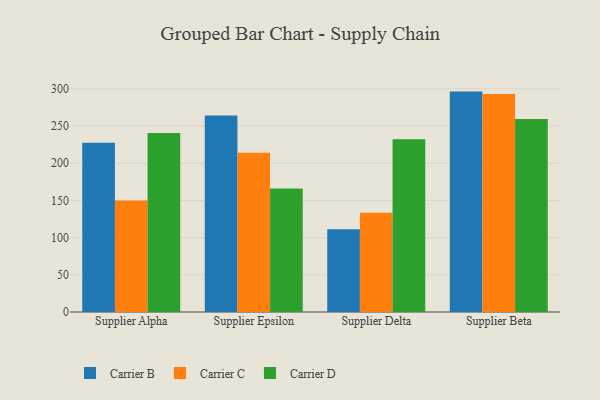
{"axis": {"x": "Supplier", "y": "Latency (ms)"}, "legend": ["Carrier B", "Carrier C", "Carrier D"], "data": [{"x": "Supplier Alpha", "y": 227.4, "type": "Carrier B"}, {"x": "Supplier Alpha", "y": 150.0, "type": "Carrier C"}, {"x": "Supplier Alpha", "y": 240.8, "type": "Carrier D"}, {"x": "Supplier Epsilon", "y": 264.1, "type": "Carrier B"}, {"x": "Supplier Epsilon", "y": 214.0, "type": "Carrier C"}, {"x": "Supplier Epsilon", "y": 165.9, "type": "Carrier D"}, {"x": "Supplier Delta", "y": 111.4, "type": "Carrier B"}, {"x": "Supplier Delta", "y": 133.5, "type": "Carrier C"}, {"x": "Supplier Delta", "y": 232.4, "type": "Carrier D"}, {"x": "Supplier Beta", "y": 296.3, "type": "Carrier B"}, {"x": "Supplier Beta", "y": 293.1, "type": "Carrier C"}, {"x": "Supplier Beta", "y": 259.4, "type": "Carrier D"}]}